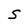
Character: S